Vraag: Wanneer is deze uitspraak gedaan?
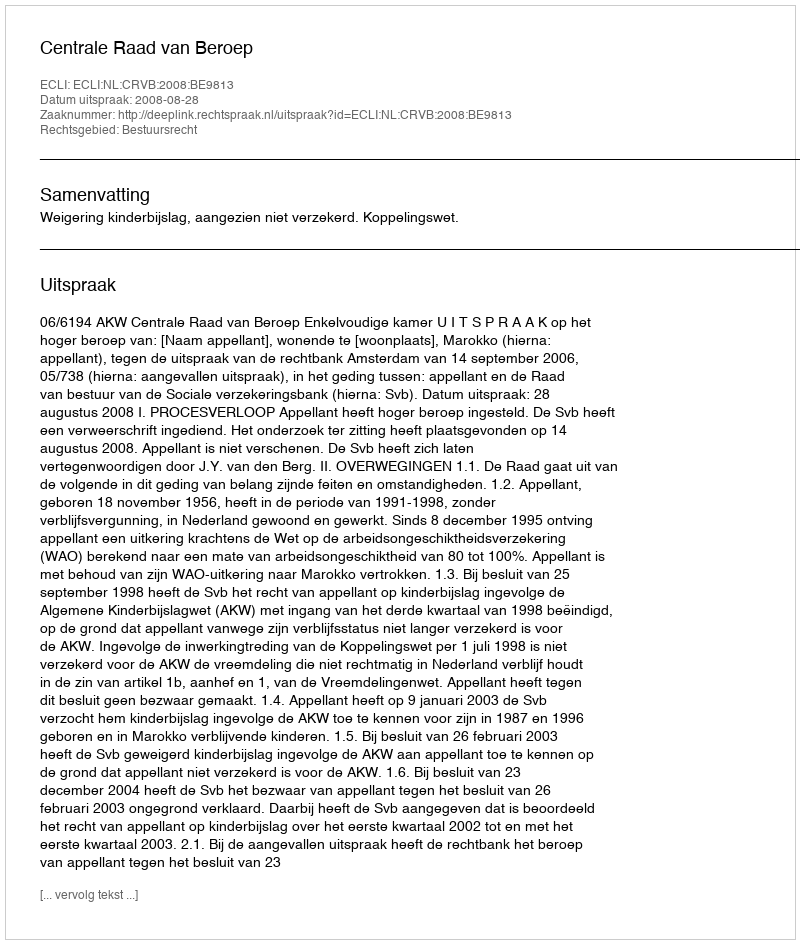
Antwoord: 2008-08-28